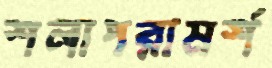
শলাপরামর্শ